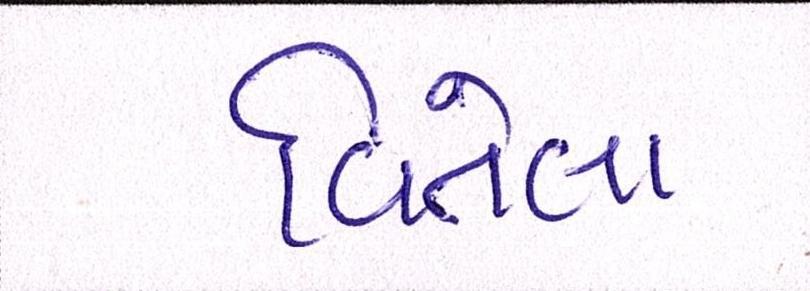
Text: વિતેલા